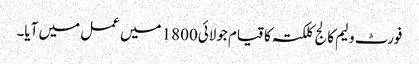
فورٹ ولیم کالج کلکتہ کا قیام جولائی1800 میں عمل میں آیا۔